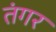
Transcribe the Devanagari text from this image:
तंगर